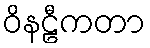
ဝိနဠီကတာ